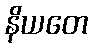
နိယတေ